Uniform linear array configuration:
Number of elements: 8
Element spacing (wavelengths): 1
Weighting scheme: uniform
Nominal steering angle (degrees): -60
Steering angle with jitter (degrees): -60.462
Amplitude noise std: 0.05
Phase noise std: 0.05

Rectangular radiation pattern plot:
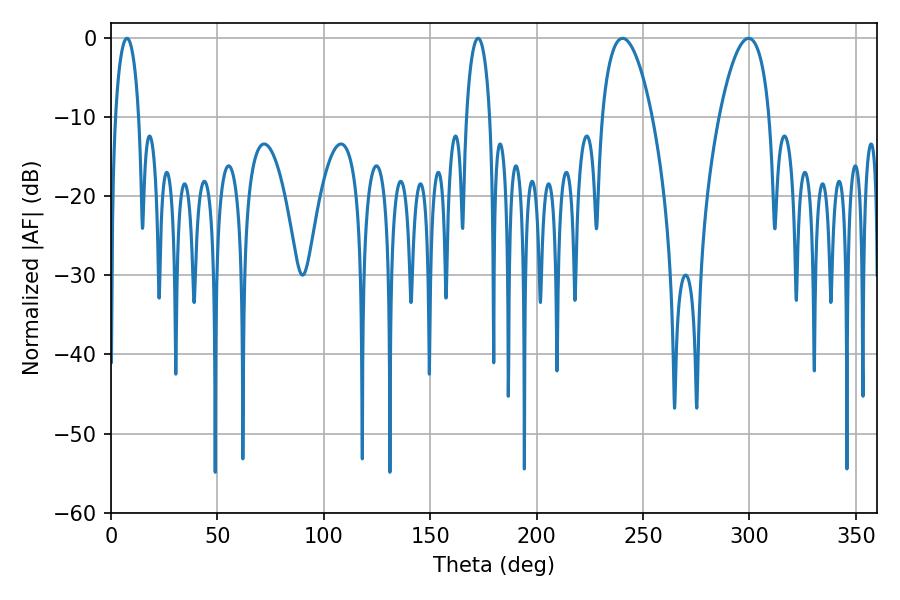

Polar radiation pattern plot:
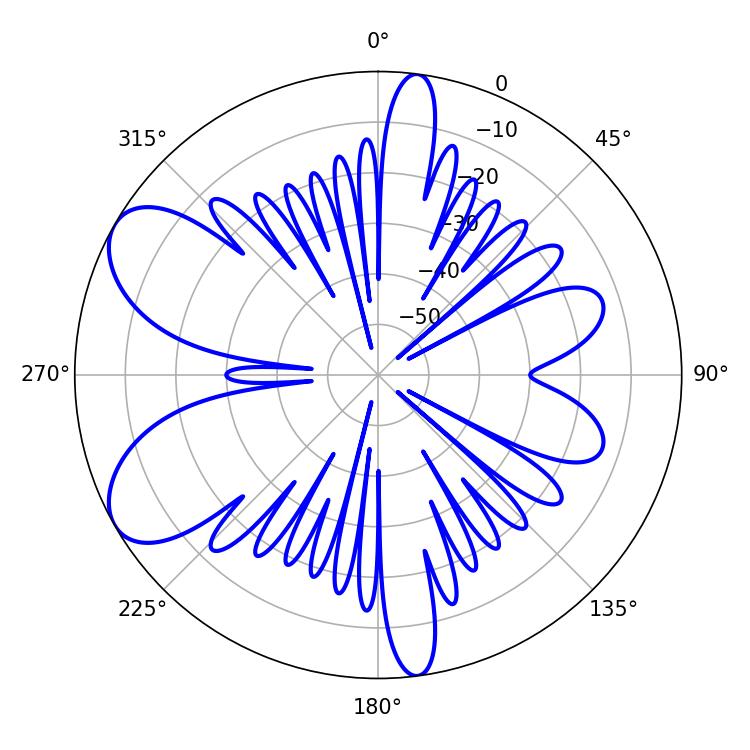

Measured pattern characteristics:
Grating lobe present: TRUE
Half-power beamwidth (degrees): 13.14
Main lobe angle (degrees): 240.3